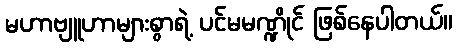
မဟာဗျူဟာများစွာရဲ့ ပင်မမဏ္ဍိုင် ဖြစ်နေပါတယ်။